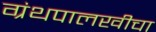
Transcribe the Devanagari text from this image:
ग्रंथपालखीचा